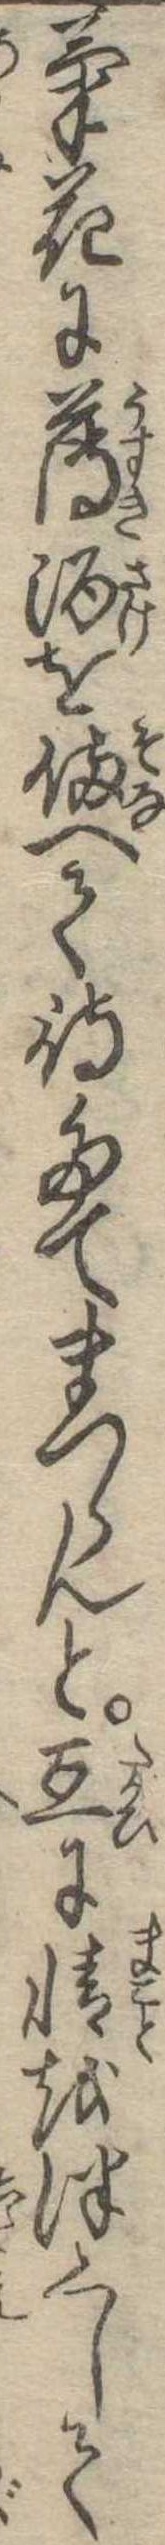
菊花に薄酒を備へて待たてまつらんと互に情をつくして